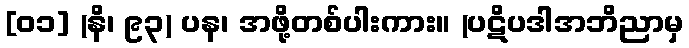
[၀၁] (နိ၊ ၉၃) ပန၊ အဖို့တစ်ပါးကား။ (ပဋိပဒါအဘိညာမှ